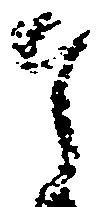
奉